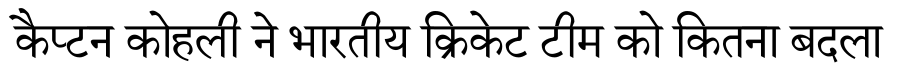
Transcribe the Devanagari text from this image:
कैप्टन कोहली ने भारतीय क्रिकेट टीम को कितना बदला